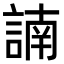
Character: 諵